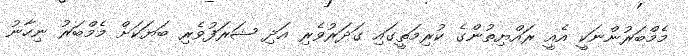
މެމްބަރުންނަކީ އެއީ ރައްޔިތުންގެ ކުރިމަތީގައި ގަދަރުވެރި އަދި ޝަރަފުވެރި ބަަޔަކަށް މެމްބަރު ނިހާނު